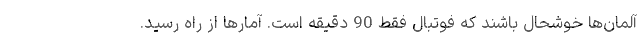
آلمان‌ها خوشحال باشند که فوتبال فقط 90 دقیقه است. آمارها از راه رسید.